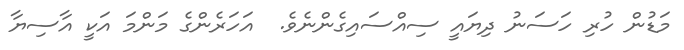
މަޑުން ހުރި ހަސަނު ދިޔައީ ސިއްސައިގެންނެވެ.  އަހަރެންގެ މަންމަ އަކީ އާސިޔާ